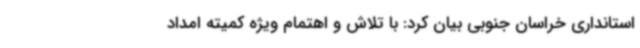
استانداری خراسان جنوبی بیان کرد: با تلاش و اهتمام ویژه کمیته امداد